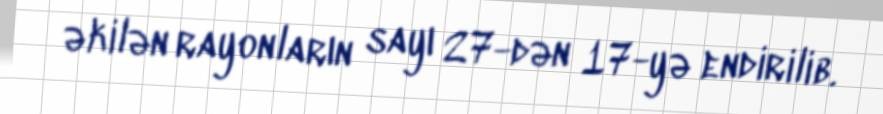
əkilən rayonların sayı 27-dən 17-yə endirilib.